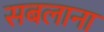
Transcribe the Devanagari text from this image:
सबलाना